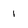
Character: I